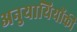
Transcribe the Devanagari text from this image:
अनुयायियोंकी